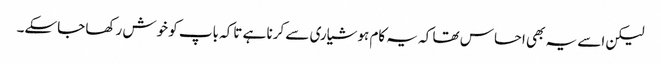
لیکن اسے یہ بھی احساس تھا کہ یہ کام ہوشیاری سے کرنا ہے تاکہ باپ کو خوش رکھا جاسکے۔